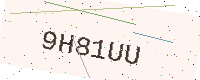
Text: 9H81UU